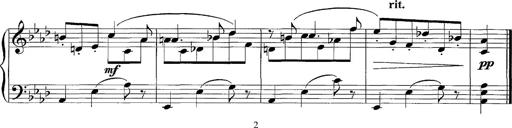
Title: LÃ¤ndler in A flat major
Composer: Franz Liszt
Key: A-flat major